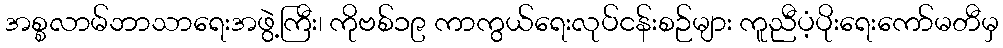
အစ္စလာမ်ဘာသာရေးအဖွဲ့ကြီး၊ ကိုဗစ်၁၉ ကာကွယ်ရေးလုပ်ငန်းစဉ်များ ကူညီပံ့ပိုးရေးကော်မတီမှ